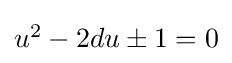
\textstyle u^{2}-2du\pm 1=0